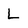
Character: L